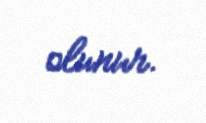
olunur.